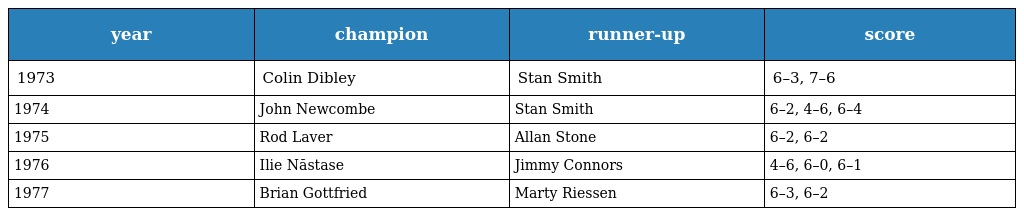
| year | champion | runner-up | score |
 | --- | --- | --- | --- |
 | 1973 | Colin Dibley | Stan Smith | 6–3, 7–6 |
 | 1974 | John Newcombe | Stan Smith | 6–2, 4–6, 6–4 |
 | 1975 | Rod Laver | Allan Stone | 6–2, 6–2 |
 | 1976 | Ilie Năstase | Jimmy Connors | 4–6, 6–0, 6–1 |
 | 1977 | Brian Gottfried | Marty Riessen | 6–3, 6–2 |